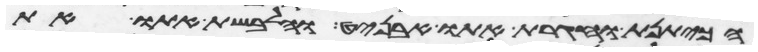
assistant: הכיתנת וחגרת אתו אבניט והלבשת אתו את